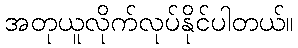
အတုယူလိုက်လုပ်နိုင်ပါတယ်။